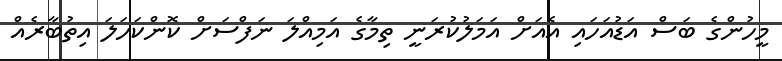
މީހުންގެ ބަސް އަޑުއަހައި އެއަށް އަމަލުކުރަނީ ތިމާގެ އަމިއްލަ ނަފްސަށް ކޮންކަހަލަ އިތުބާރެއް